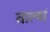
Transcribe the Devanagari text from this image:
तात्यां